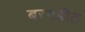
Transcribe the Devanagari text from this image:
बरगडींत